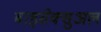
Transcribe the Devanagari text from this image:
बाइसेक्सुअल